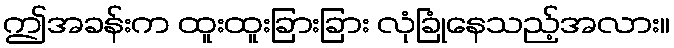
ဤအခန်းက ထူးထူးခြားခြား လုံခြုံနေသည့်အလား။